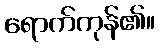
ရောက်ကုန်၏။